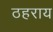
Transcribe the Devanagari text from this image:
ठहराय